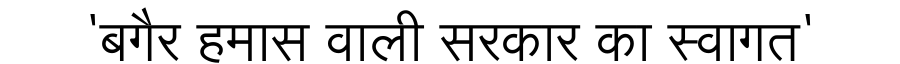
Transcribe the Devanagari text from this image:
'बगैर हमास वाली सरकार का स्वागत'